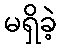
မရှိခဲ့